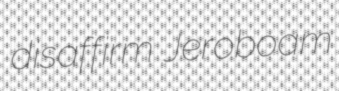
disaffirm Jeroboam